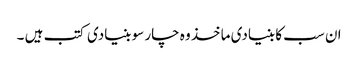
ان سب کا بنیادی ماخذ وہ چار سو بنیادی کتب ہیں ۔